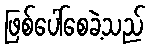
ဖြစ်ပေါ်စေခဲ့သည်